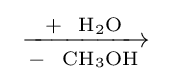
{{}\mathrel {\xrightarrow[{{}-{}{\text{ }}~\mathrm {CH} {\vphantom {A}}_{\smash[{t}]{3}}\mathrm {OH} }]{{\text{+ }}~\mathrm {H} {\vphantom {A}}_{\smash[{t}]{2}}\mathrm {O} }} {}}